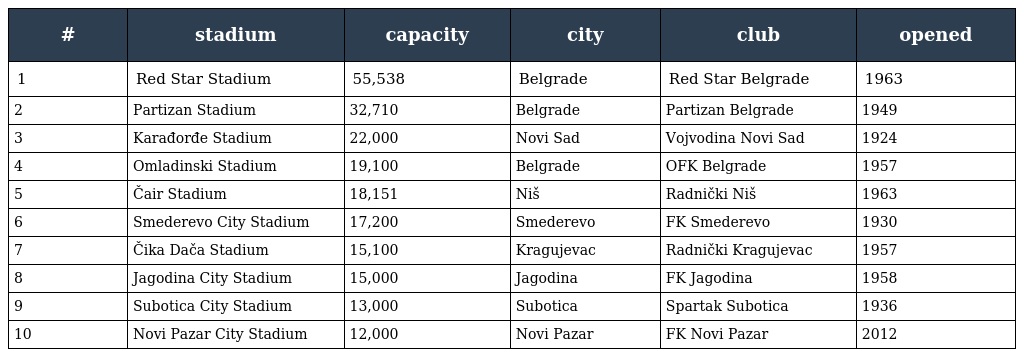
| # | stadium | capacity | city | club | opened |
 | --- | --- | --- | --- | --- | --- |
 | 1 | Red Star Stadium | 55,538 | Belgrade | Red Star Belgrade | 1963 |
 | 2 | Partizan Stadium | 32,710 | Belgrade | Partizan Belgrade | 1949 |
 | 3 | Karađorđe Stadium | 22,000 | Novi Sad | Vojvodina Novi Sad | 1924 |
 | 4 | Omladinski Stadium | 19,100 | Belgrade | OFK Belgrade | 1957 |
 | 5 | Čair Stadium | 18,151 | Niš | Radnički Niš | 1963 |
 | 6 | Smederevo City Stadium | 17,200 | Smederevo | FK Smederevo | 1930 |
 | 7 | Čika Dača Stadium | 15,100 | Kragujevac | Radnički Kragujevac | 1957 |
 | 8 | Jagodina City Stadium | 15,000 | Jagodina | FK Jagodina | 1958 |
 | 9 | Subotica City Stadium | 13,000 | Subotica | Spartak Subotica | 1936 |
 | 10 | Novi Pazar City Stadium | 12,000 | Novi Pazar | FK Novi Pazar | 2012 |